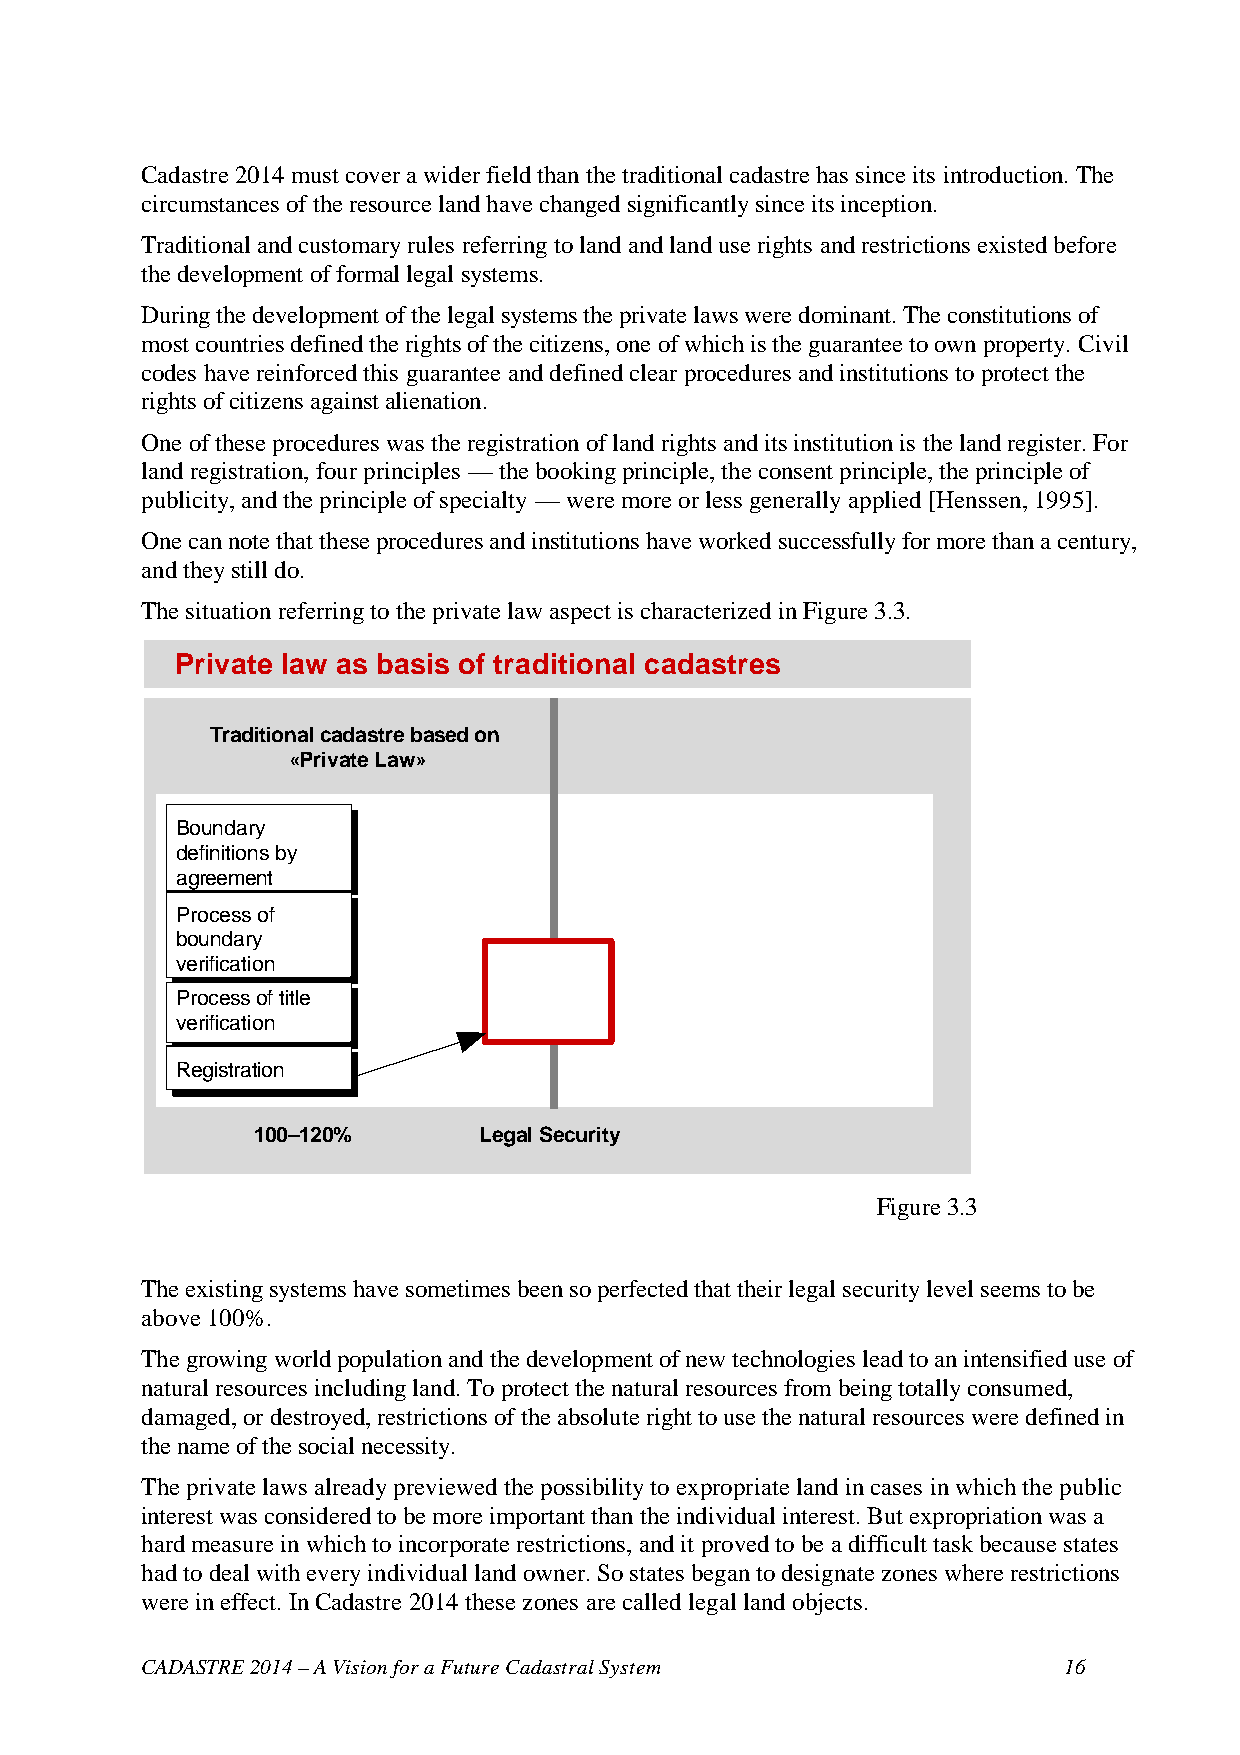
Cadastre 2014 must cover a wider field than the traditional cadastre has since its introduction. The
 circumstances of the resource land have changed significantly since its inception.
 Traditional and customary rules referring to land and land use rights and restrictions existed before
 the development of formal legal systems.
 During the development of the legal systems the private laws were dominant. The constitutions of
 most countries defined the rights of the citizens, one of which is the guarantee to own property. Civil
 codes have reinforced this guarantee and defined clear procedures and institutions to protect the
 rights of citizens against alienation.
 One of these procedures was the registration of land rights and its institution is the land register. For
 land registration, four principles — the booking principle, the consent principle, the principle of
 publicity, and the principle of specialty — were more or less generally applied [Henssen, 1995].
 One can note that these procedures and institutions have worked successfully for more than a century,
 and they still do.
 The situation referring to the private law aspect is characterized in Figure 3.3.
 Private law as basis of traditional cadastres
 Traditional cadastre based on
 «Private Law»
 Boundary
 definitions by
 agreement
 Process of
 boundary
 verification
 Process of title
 verification
 Registration
 100–120%       Legal Security
 Figure 3.3
 The existing systems have sometimes been so perfected that their legal security level seems to be
 above 100%.
 The growing world population and the development of new technologies lead to an intensified use of
 natural resources including land. To protect the natural resources from being totally consumed,
 damaged, or destroyed, restrictions of the absolute right to use the natural resources were defined in
 the name of the social necessity.
 The private laws already previewed the possibility to expropriate land in cases in which the public
 interest was considered to be more important than the individual interest. But expropriation was a
 hard measure in which to incorporate restrictions, and it proved to be a difficult task because states
 had to deal with every individual land owner. So states began to designate zones where restrictions
 were in effect. In Cadastre 2014 these zones are called legal land objects.
 CADASTRE 2014 – A Vision for a Future Cadastral System       16